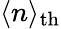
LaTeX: \langle n\rangle_{\mathrm{th}}